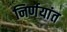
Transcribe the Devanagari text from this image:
निर्णयांत